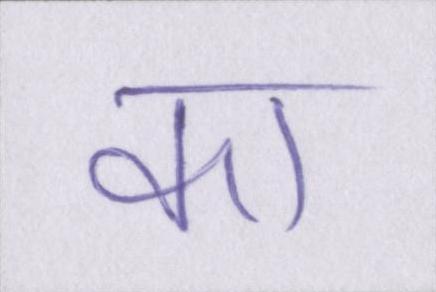
का